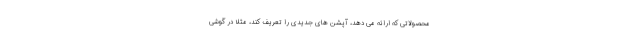
محصولاتی که ارائه می دهد، آپشن های جدیدی را تعریف کند، مثلاً در گوشی